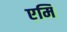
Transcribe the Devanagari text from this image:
एमि